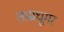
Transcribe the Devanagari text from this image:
ताम्रघूमर